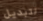
لتبديل